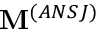
\mathbf { M } ^ { ( A N S J ) }